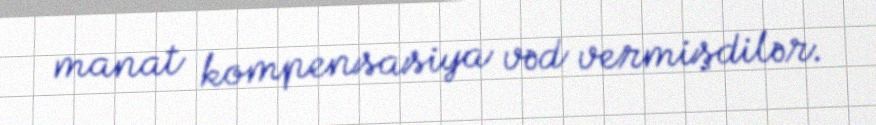
manat kompensasiya vəd vermişdilər.